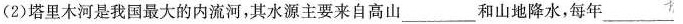
(2)塔里木河是我国最大的内流河，其水源主要来自高山_____和山地降水，每年_____